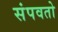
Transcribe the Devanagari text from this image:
संपवतो